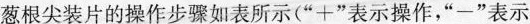
葱根尖装片的操作步骤如表所示(”+”表示操作，”一”表示